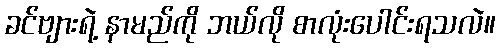
ခင်ဗျားရဲ့ နာမည်ကို ဘယ်လို စာလုံးပေါင်းရသလဲ။